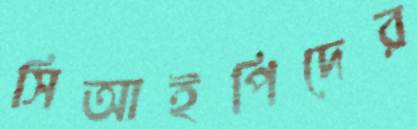
সিআইপিদের